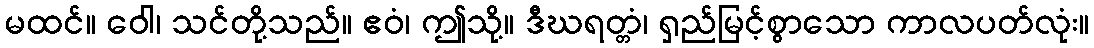
မထင်။ ဝေါ၊ သင်တို့သည်။ ဧဝံ၊ ဤသို့။ ဒီဃရတ္တံ၊ ရှည်မြင့်စွာသော ကာလပတ်လုံး။